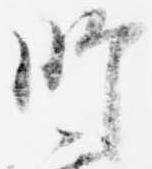
師